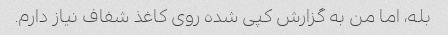
بله، اما من به گزارش کپی شده روی کاغذ شفاف نیاز دارم.